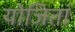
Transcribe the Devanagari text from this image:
योजितां